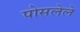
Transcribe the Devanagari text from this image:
पोसलेले